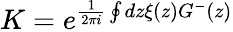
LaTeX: K=e^{\frac{1}{2\pi i}\oint dz\xi(z)G^{-}(z)}